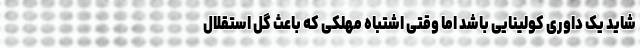
شاید یک داوری کولینایی باشد اما وقتی اشتباه مهلکی که باعث گل استقلال